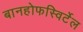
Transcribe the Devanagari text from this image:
बानहोफस्विर्टेल